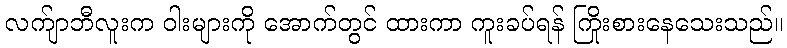
လက်ျာဘီလူးက ဝါးများကို အောက်တွင် ထားကာ ကူးခပ်ရန် ကြိုးစားနေသေးသည်။